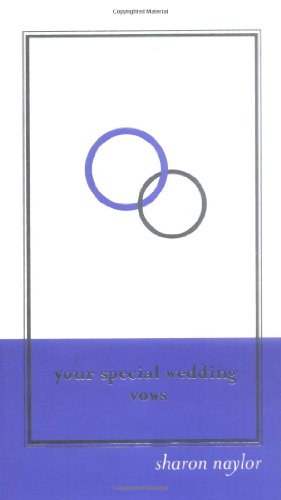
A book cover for Your Special Wedding Vows; Sharon Naylor; Crafts, Hobbies & Home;